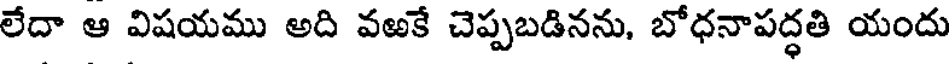
లేదా ఆ విషయము అది వఱకే చెప్పబడినను, బోధనాపద్ధతి యందు